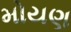
મોયણ